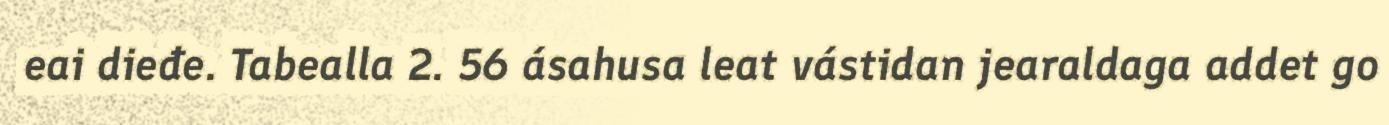
eai dieđe. Tabealla 2. 56 ásahusa leat vástidan jearaldaga addet go